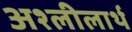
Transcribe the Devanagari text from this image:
अश्लीलार्थ